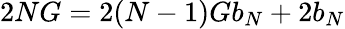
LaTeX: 2NG=2(N-1)Gb_{N}+2b_{N}